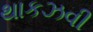
થાકઝવી